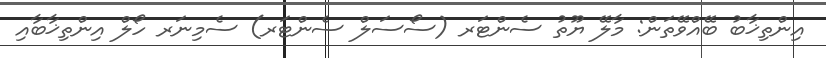
އިންތިޚާބު ބޭއްވޭތަން: މާލޭ ޔޫތު ސެންޓަރ (ސޯސަލް ސެންޓަރ) ސެމިނަރ ހޯލް އިންތިޚާބާއި